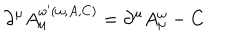
\partial ^ { \mu } A _ { \mu } ^ { \omega ^ { \prime } ( \omega , A , C ) } = \partial ^ { \mu } A _ { \mu } ^ { \omega } - C